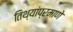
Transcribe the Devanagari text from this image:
तिथ्यांप्रमाणे